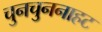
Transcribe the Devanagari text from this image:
चुनचुननाहट